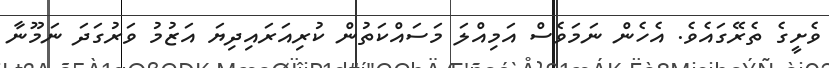
ވެށީގެ ތެރޭގައެވެ. އެހެން ނަމަވެސް އަމިއްލަ މަސައްކަތުން ކުރިއަރައިދިޔަ އަޒުމު ވަރުގަދަ ނަމޫނާ